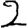
Digit: 2